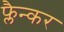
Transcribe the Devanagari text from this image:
फ्लैन्कर